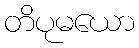
တိပုမယော